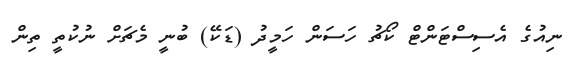
ނިއުގެ އެސިސްޓަންޓް ކޯޗު ހަސަން ހަމީދު (ޑަކޭ) ބުނީ މެޗަށް ނުކުތީ ތިން